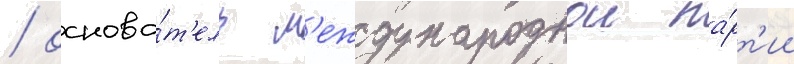
/ основа́т'ель м'еждународнои па́рт'ии